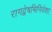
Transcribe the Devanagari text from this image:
रागद्वेषभिनिवेशा